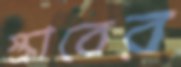
স্ক্রাবের